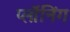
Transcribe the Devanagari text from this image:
प्लॉनिंग